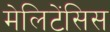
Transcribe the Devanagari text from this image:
मेलिटेंसिस